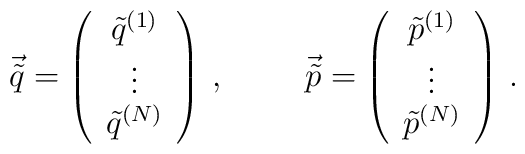
\vec{\tilde{q}} = \left( \begin{array}{c}\tilde{q}^{(1)} \\\vdots \\\tilde{q}^{(N)} \\\end{array}\right)\, ,\hspace{1cm}\vec{\tilde{p}} = \left( \begin{array}{c}\tilde{p}^{(1)} \\\vdots \\\tilde{p}^{(N)} \\\end{array}\right)\, .